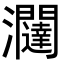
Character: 𭳽